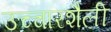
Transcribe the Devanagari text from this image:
उच्चारशैली